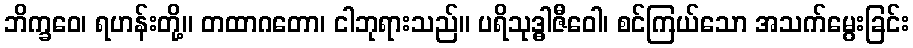
ဘိက္ခဝေ၊ ရဟန်းတို့။ တထာဂတော၊ ငါဘုရားသည်။ ပရိသုဒ္ဓါဇီဝေါ၊ စင်ကြယ်သော အသက်မွေးခြင်း